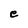
Character: e